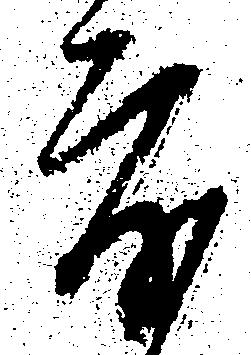
度